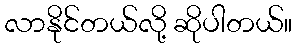
လာနိုင်တယ်လို့ ဆိုပါတယ်။